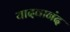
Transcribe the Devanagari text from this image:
यादवानंद